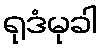
ရုဒံမုခါ